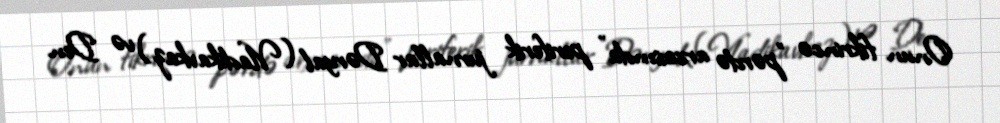
Onun fikrincə "pərdə arxasında" periferik jurnallar Dəryal (Vladikavkaz) və Den